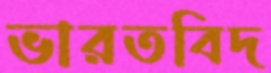
ভারতবিদ